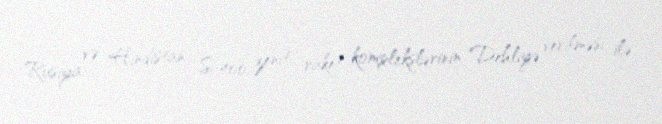
Rusiya və Hindistan S-400 zenit raket komplekslərinin Dehliyə verilməsi ilə